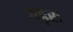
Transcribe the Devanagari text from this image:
गढ़रा